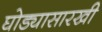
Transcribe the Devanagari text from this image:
घोड्यासारखी